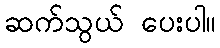
ဆက်သွယ် ပေးပါ။